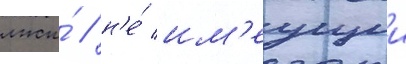
лжи́ / н'е́ им'еущии